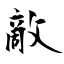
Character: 敵